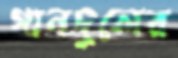
গানদুলের